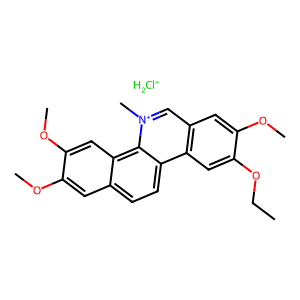
SMILES: CCOc1cc2c(cc1OC)c[n+](C)c1c3cc(OC)c(OC)cc3ccc21.[ClH2+]
Inhibits HIV replication: No